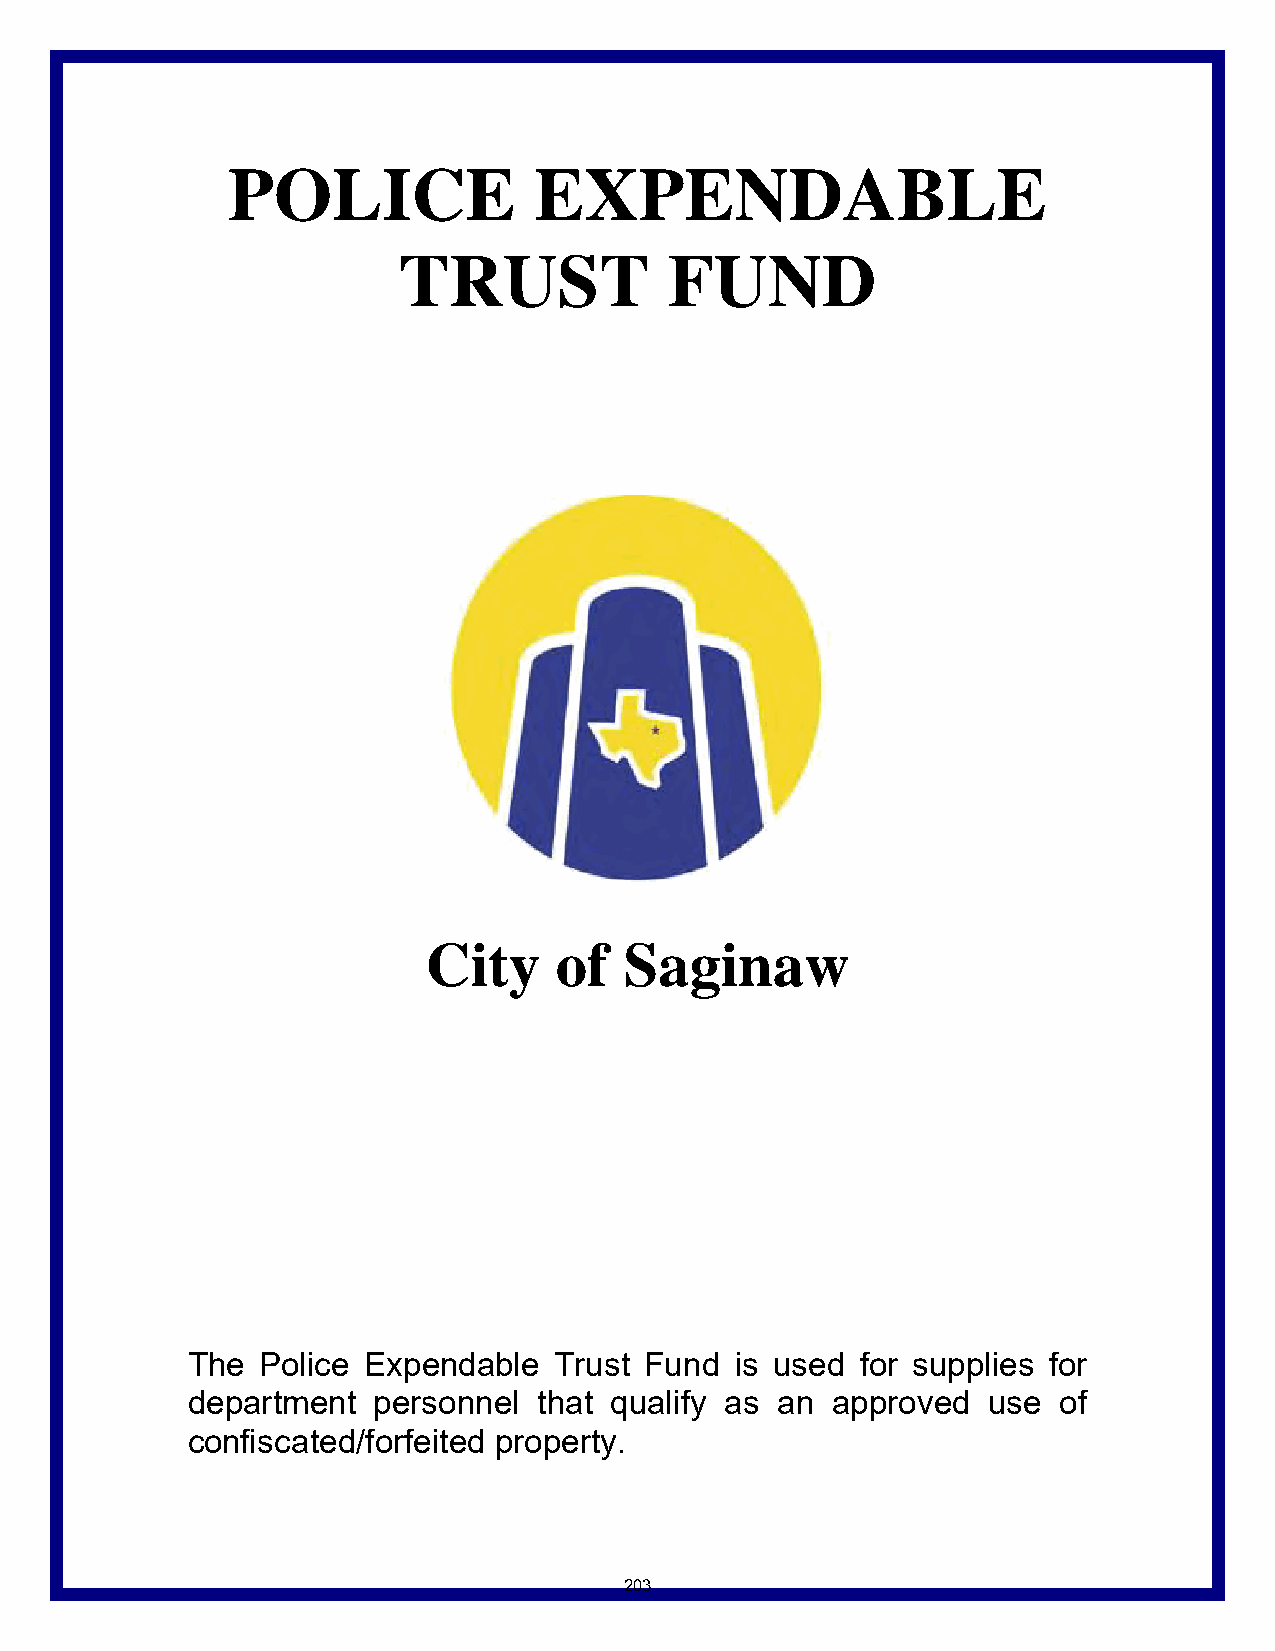
POLICE              EXPENDABLE
 TRUST             FUND
 City     of  Saginaw
 The  Police Expendable   Trust Fund  is used for supplies for
 department   personnel  that qualify as an approved  use  of
 confiscated/forfeited property.
 203